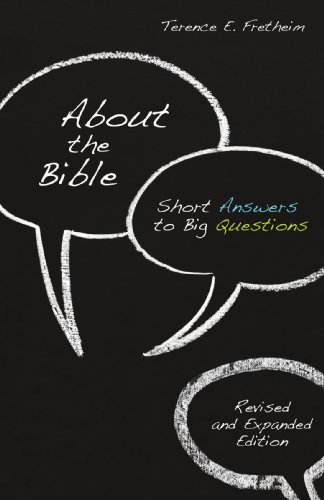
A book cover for About the Bible: Short Answers to Big Questions (Exploring Christian Faith); Terence E. Fretheim; Christian Books & Bibles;